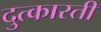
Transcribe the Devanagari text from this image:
दुत्कारती